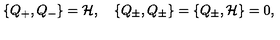
\{ Q _ { + } , Q _ { - } \} = { { \cal H } } , \quad \{ Q _ { \pm } , Q _ { \pm } \} = \{ Q _ { \pm } , { \cal H } \} = 0 ,